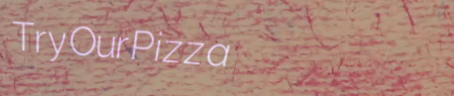
TryOurPizza